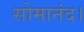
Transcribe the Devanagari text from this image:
सोमानंद।